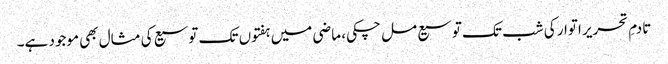
تادمِ تحریر اتوار کی شب تک توسیع مل چکی، ماضی میں ہفتوں تک توسیع کی مثال بھی موجود ہے۔